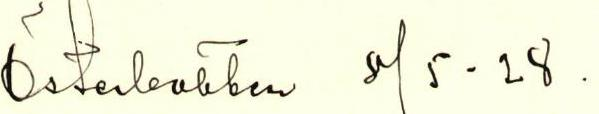
Österbotten 8/5 -28.